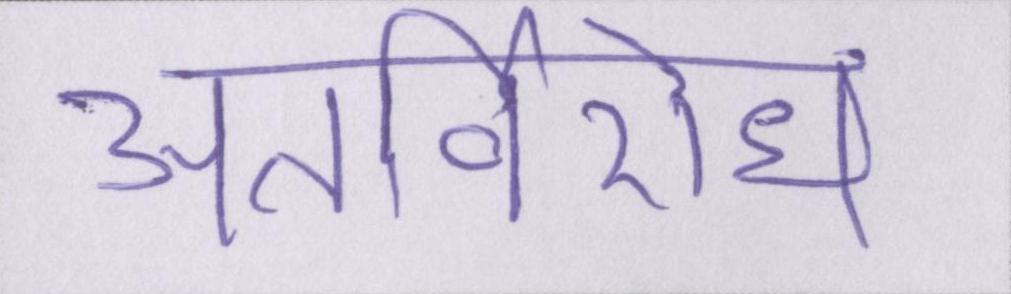
अंतर्विरोध